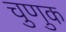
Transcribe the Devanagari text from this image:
चुणुक